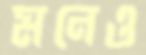
মনেও